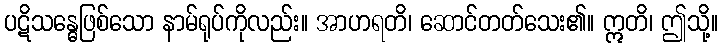
ပဋိသန္ဓေဖြစ်သော နာမ်ရုပ်ကိုလည်း။ အာဟရတိ၊ ဆောင်တတ်သေး၏။ ဣတိ၊ ဤသို့။